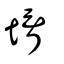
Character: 壻